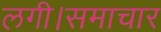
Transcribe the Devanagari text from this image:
लगी।समाचार